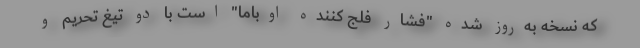
که نسخه به‌روز شده "فشار فلج‌ کننده اوباما" است با دو تیغ تحریم و